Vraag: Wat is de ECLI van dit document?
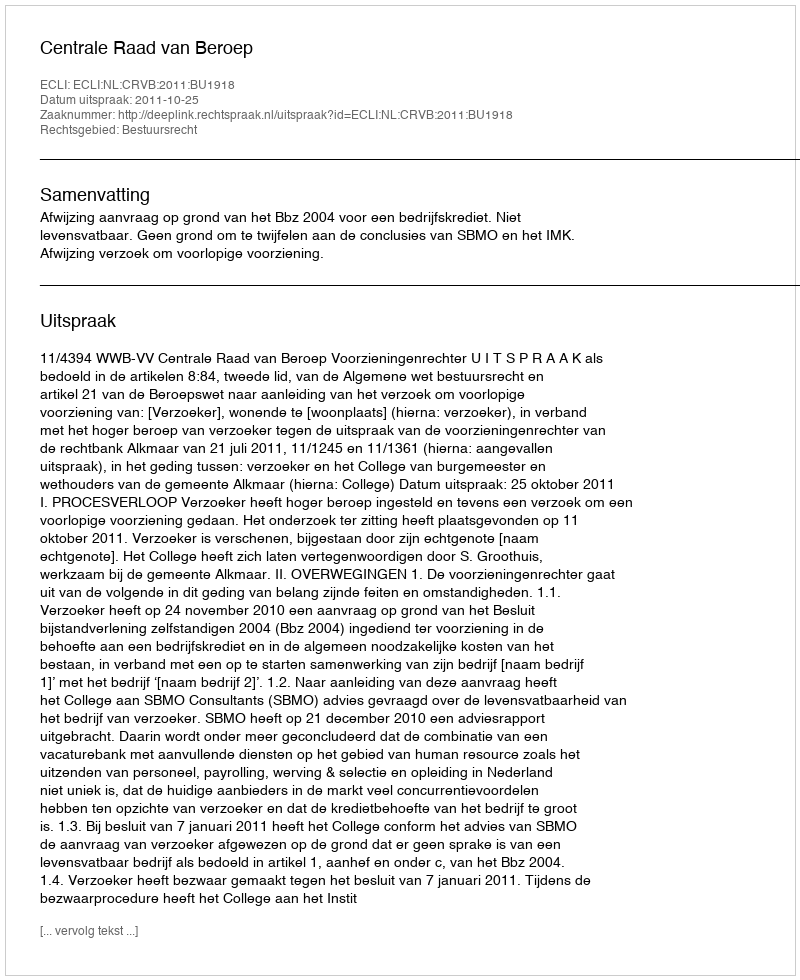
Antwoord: ECLI:NL:CRVB:2011:BU1918